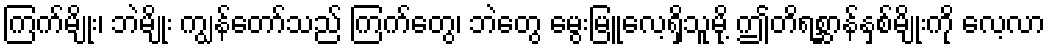
ကြက်မျိုး၊ ဘဲမျိုး ကျွန်တော်သည် ကြက်တွေ၊ ဘဲတွေ မွေးမြူလေ့ရှိသူမို့ ဤတိရစ္ဆာန်နှစ်မျိုးကို လေ့လာ